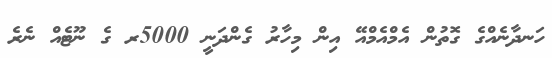
ހަނދާނެއްގެ ގޮތުން އެމްއެމްއޭ އިން މިހާރު ގެންދަނީ 5000ރ ގެ ނޫޓެއް ނެރެ